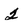
Character: 2